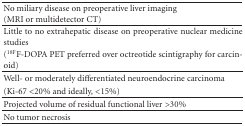
<table><thead><tr><td><b>No miliary disease on preoperative liver imaging(MRI or multidetector CT)</b></td></tr></thead><tbody><tr><td>Little to no extrahepatic disease on preoperative nuclear medicine studies</td></tr><tr><td>(<sup>18F</sup>F-DOPA PET preferred over octreotide scintigraphy for carcinoid)</td></tr><tr><td>Well- or moderately differentiated neuroendocrine carcinoma</td></tr><tr><td>(Ki-67 &lt;20% and ideally, &lt;15%)</td></tr><tr><td>Projected volume of residual functional liver &gt;30<b>%</b></td></tr><tr><td>No tumor necrosis</td></tr></tbody></table>